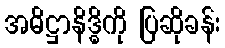
အဓိဋ္ဌာနိဒ္ဓိကို ပြဆိုခန်း